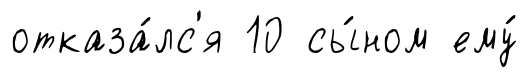
отказа́лс'я 10 сы́ном ему́